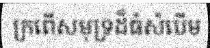
ក្រពើសមុទ្រដ៏ធំសំបើម